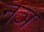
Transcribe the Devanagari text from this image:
नञ